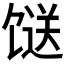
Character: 𩠌